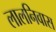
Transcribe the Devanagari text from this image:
लालनिवास